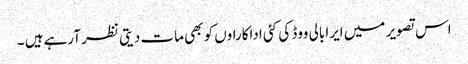
اس تصویر میں ایرا بالی ووڈ کی کئی اداکاراوں کو بھی مات دیتی نظر آرہے ہیں ۔